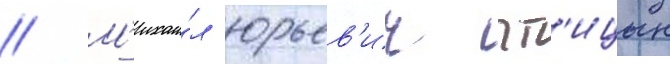
// М'ихаи́л юрьев'ич пт'ицын